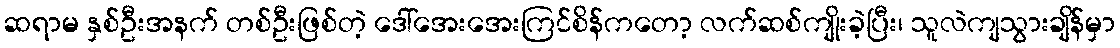
ဆရာမ နှစ်ဦးအနက် တစ်ဦးဖြစ်တဲ့ ဒေါ်အေးအေးကြင်စိန်ကတော့ လက်ဆစ်ကျိုးခဲ့ပြီး၊ သူလဲကျသွားချိန်မှာ